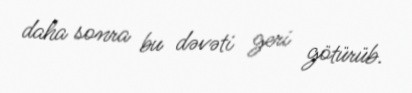
daha sonra bu dəvəti geri götürüb.